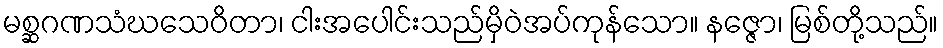
မစ္ဆဂဏသံဃသေဝိတာ၊ ငါးအပေါင်းသည်မှိဝဲအပ်ကုန်သော။ နဇ္ဇော၊ မြစ်တို့သည်။